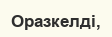
Оразкелді,